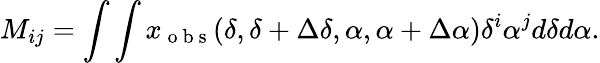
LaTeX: M_{ij}=\int\int x_{\mathrm{~o~b~s~}}(\delta,\delta+\Delta\delta,\alpha,\alpha+\Delta\alpha)\delta^{i}\alpha^{j}d\delta d\alpha.